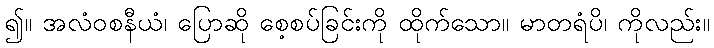
၍။ အလံဝစနီယံ၊ ပြောဆို စေ့စပ်ခြင်းကို ထိုက်သော။ မာတရံပိ၊ ကိုလည်း။